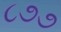
૮૭૭